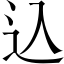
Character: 込